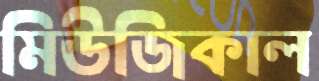
মিউজিকাল